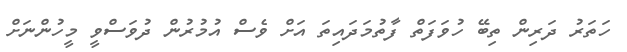
ހަތަރު ދަރިން ތިބޭ ހުވަފަތް ފާތުމަދައިތަ އަށް ވެސް އުމުރުން ދުވަސްވީ މީހުންނަށް